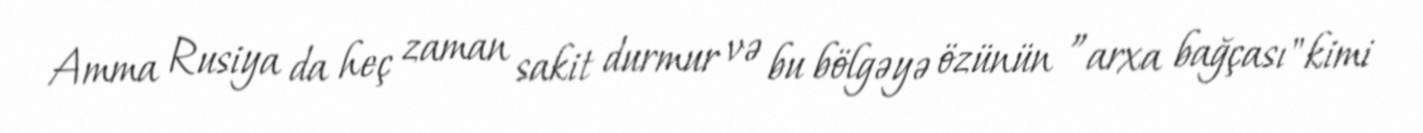
Amma Rusiya da heç zaman sakit durmur və bu bölgəyə özünün ”arxa bağçası" kimi